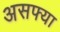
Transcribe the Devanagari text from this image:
असफ्या